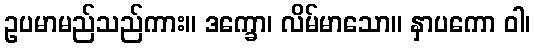
ဥပမာမည်သည်ကား။ ဒက္ခော၊ လိမ်မာသော။ နှာပကော ဝါ၊